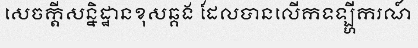
សេចក្តីសន្និដ្ឋានខុសឆ្គង ដែលបានលើកទឡ្ហីករណ៍